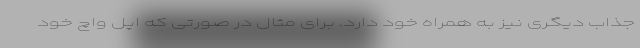
جذاب دیگری نیز به همراه خود دارد. برای مثال در صورتی که اپل واچ خود